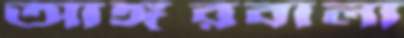
আঙ্গুরবালা